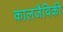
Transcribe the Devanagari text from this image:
कालजैविकी